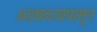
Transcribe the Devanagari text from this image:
अडथळ्यापासून